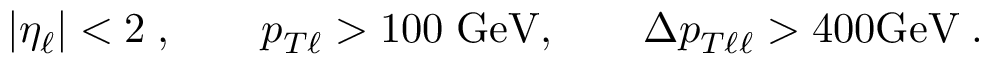
| \eta _ { \ell } | < 2 \; , \qquad p _ { T \ell } > 1 0 0 \; \mathrm { G e V } , \qquad \Delta p _ { T \ell \ell } > 4 0 0 \mathrm { G e V } \; .